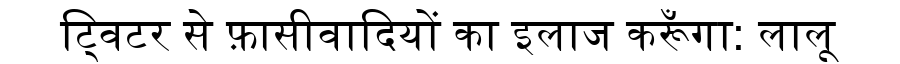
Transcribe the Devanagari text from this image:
ट्विटर से फ़ासीवादियों का इलाज करूँगा: लालू